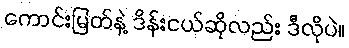
ကောင်းမြတ်နဲ့ ဒိန်းငယ်ဆိုလည်း ဒီလိုပဲ။